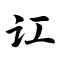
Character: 讧